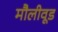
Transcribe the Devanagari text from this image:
मौलीवूड